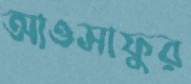
আওসাফুর